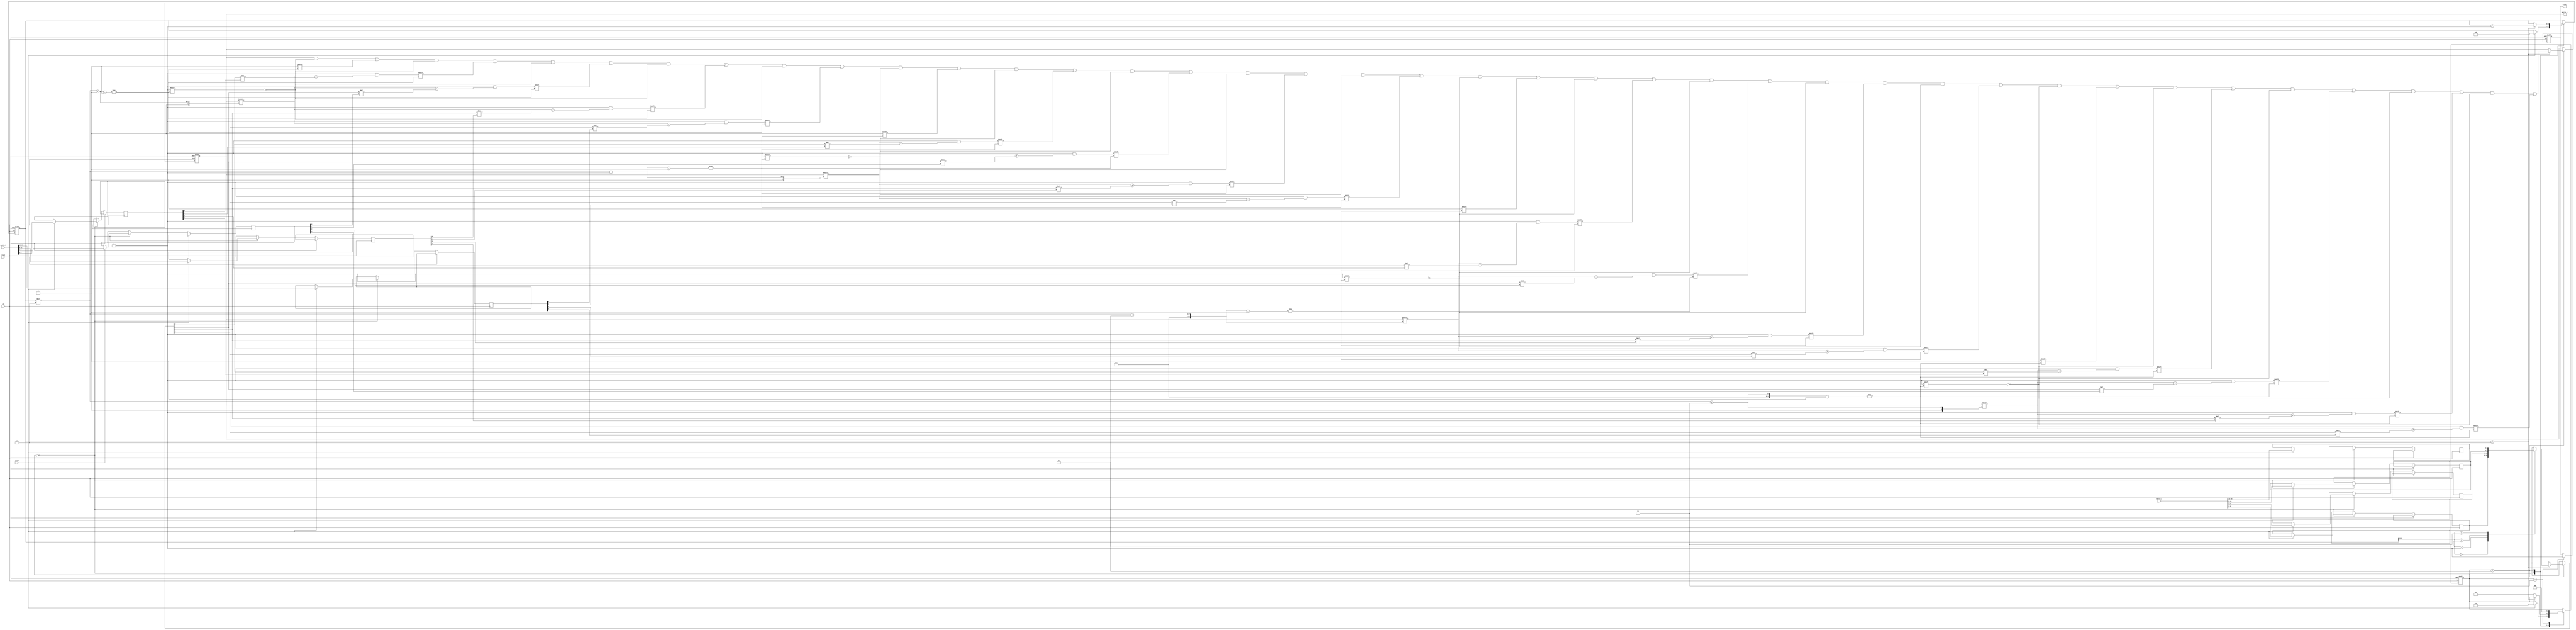
module stencil_multiplier #(
    parameter M = 4, // Number of rows in Matrix A
    parameter N = 4, // Number of columns in Matrix A and rows in Matrix B
    parameter P = 4  // Number of columns in Matrix B
)(
    input wire clk,
    input wire reset,
    input wire start,
    input wire [M*N-1:0] matrix_a, // Flattened input matrix A
    input wire [N*P-1:0] matrix_b, // Flattened input matrix B
    output reg [M*P-1:0] matrix_c, // Flattened output matrix C
    output reg ready
);

    reg [N-1:0] a_row [0:M-1]; // Registers for rows of Matrix A
    reg [P-1:0] b_col [0:N-1]; // Registers for columns of Matrix B
    reg [M-1:0] valid; // To keep track of valid rows processed
    reg [2:0] state; // FSM state
    reg [2:0] row, col, k; // Loop indices

    // State encoding
    localparam IDLE = 3'b000,
               LOAD = 3'b001,
               COMPUTE = 3'b010,
               OUTPUT = 3'b011;

    // Load matrices into registers
    integer i, j;
    always @(posedge clk or posedge reset) begin
        if (reset) begin
            state <= IDLE;
            ready <= 0;
            matrix_c <= 0;
            valid <= 0;
        end else begin
            case (state)
                IDLE: begin
                    if (start) begin
                        // Load Matrix A
                        for (i = 0; i < M; i = i + 1) begin
                            a_row[i] <= matrix_a[(i*N) +: N];
                        end
                        // Load Matrix B
                        for (j = 0; j < N; j = j + 1) begin
                            b_col[j] <= matrix_b[(j*P) +: P];
                        end
                        state <= COMPUTE;
                        valid <= 0;
                    end
                end

                COMPUTE: begin
                    if (valid < M) begin
                        // Perform multiplication and accumulation
                        for (col = 0; col < P; col = col + 1) begin
                            matrix_c[(valid*P) + col] <= 0; // Initialize output element
                            for (k = 0; k < N; k = k + 1) begin
                                matrix_c[(valid*P) + col] <= matrix_c[(valid*P) + col] + (a_row[valid][k] * b_col[k][col]);
                            end
                        end
                        valid <= valid + 1;
                    end else begin
                        state <= OUTPUT;
                    end
                end

                OUTPUT: begin
                    ready <= 1; // Indicate that output is ready
                    state <= IDLE; // Go back to IDLE state
                end
            endcase
        end
    end

endmodule